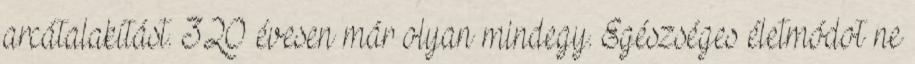
arcátalakítást. 320 évesen már olyan mindegy. Egészséges életmódot ne